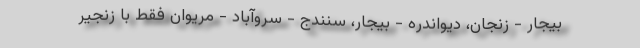
بیجار - زنجان، دیواندره - بیجار، سنندج - سروآباد - مریوان فقط با زنجیر